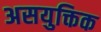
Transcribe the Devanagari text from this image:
असयुक्तिक